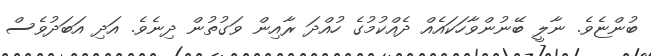
ބުންޏެވެ. ނާލީ ބޭނުންވާހަކައެއް ދެއްކުމުގެ ހުއްދަ ރާއިން ވަގުތުން ދިނެވެ. އަދި އަބަދުވެސް